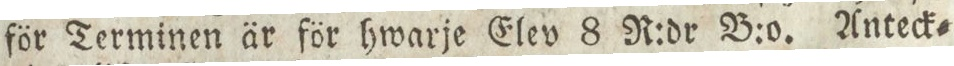
för Terminen är för hwarje Elev 8 R:dr B:o. Anteck=